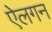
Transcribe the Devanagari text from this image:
ऐलगन